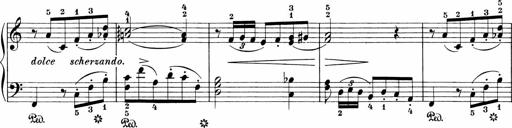
Title: Sonatinen Op.47, 98 und 136, nebst 6 Liedersonatinen
Composer: Carl Reinecke